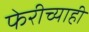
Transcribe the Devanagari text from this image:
फेरीच्याही